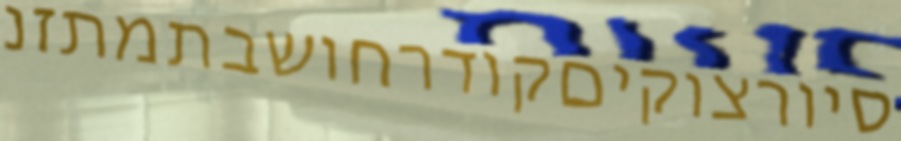
סיורצוקיםקודרחושבתמתזנ